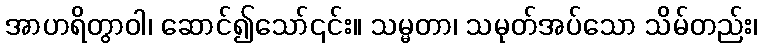
အာဟရိတွာဝါ၊ ဆောင်၍သော်၎င်း။ သမ္မတာ၊ သမုတ်အပ်သော သိမ်တည်း၊